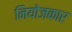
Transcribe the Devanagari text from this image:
नियोजकार